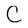
Character: C